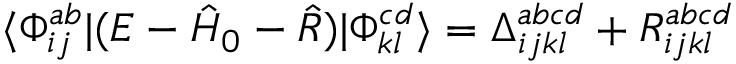
\langle \Phi _ { i j } ^ { a b } | ( E - \hat { H } _ { 0 } - \hat { R } ) | \Phi _ { k l } ^ { c d } \rangle = \Delta _ { i j k l } ^ { a b c d } + R _ { i j k l } ^ { a b c d }